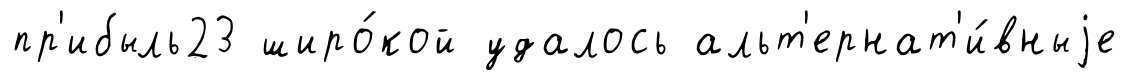
пр'ибыль23 широ́кой удалось альт'ернат'и́вныjе